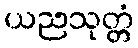
ယညသုတ္တံ